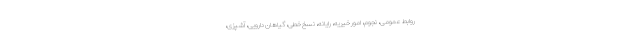
روابط عمومی، نجوم، امور خیریه، رایانه، نسخ خطی، گیاهان دارویی، آشپزی،